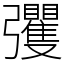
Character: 彏